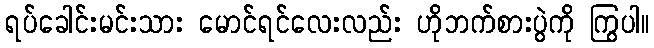
ရပ်ခေါင်းမင်းသား မောင်ရင်လေးလည်း ဟိုဘက်စားပွဲကို ကြွပါ။